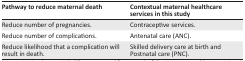
| Pathway to reduce maternal death | Contextual maternal healthcare services in this study |
 | --- | --- |
 | Reduce number of pregnancies. | Contraceptive services. |
 | Reduce number of complications. | Antenatal care (ANC). |
 | Reduce likelihood that a complication will result in death. | Skilled delivery care at birth and Postnatal care (PNC). |